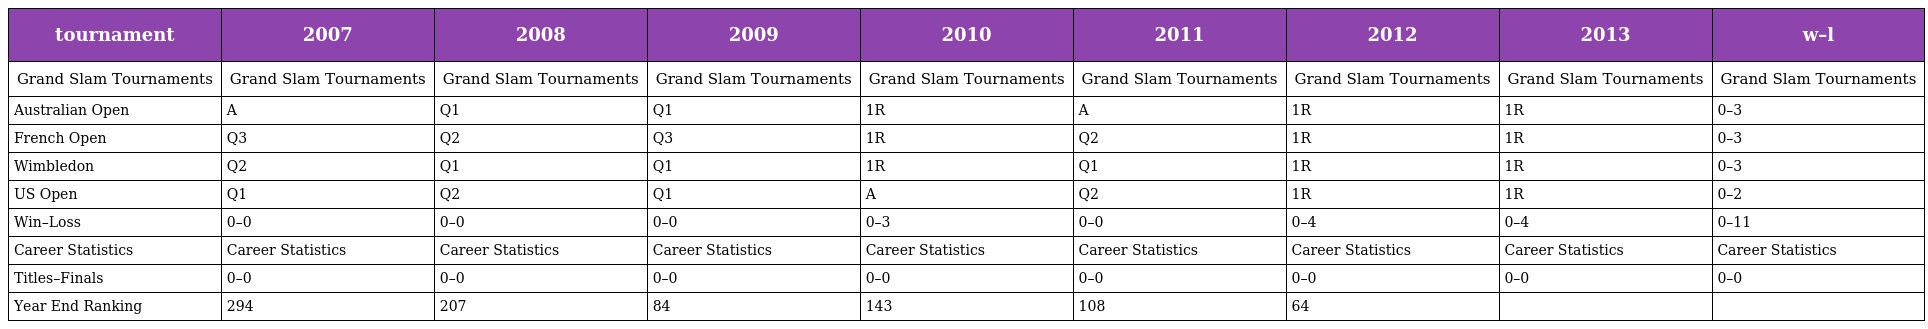
| tournament | 2007 | 2008 | 2009 | 2010 | 2011 | 2012 | 2013 | w–l |
 | --- | --- | --- | --- | --- | --- | --- | --- | --- |
 | Grand Slam Tournaments | Grand Slam Tournaments | Grand Slam Tournaments | Grand Slam Tournaments | Grand Slam Tournaments | Grand Slam Tournaments | Grand Slam Tournaments | Grand Slam Tournaments | Grand Slam Tournaments |
 | Australian Open | A | Q1 | Q1 | 1R | A | 1R | 1R | 0–3 |
 | French Open | Q3 | Q2 | Q3 | 1R | Q2 | 1R | 1R | 0–3 |
 | Wimbledon | Q2 | Q1 | Q1 | 1R | Q1 | 1R | 1R | 0–3 |
 | US Open | Q1 | Q2 | Q1 | A | Q2 | 1R | 1R | 0–2 |
 | Win–Loss | 0–0 | 0–0 | 0–0 | 0–3 | 0–0 | 0–4 | 0–4 | 0–11 |
 | Career Statistics | Career Statistics | Career Statistics | Career Statistics | Career Statistics | Career Statistics | Career Statistics | Career Statistics | Career Statistics |
 | Titles–Finals | 0–0 | 0–0 | 0–0 | 0–0 | 0–0 | 0–0 | 0–0 | 0–0 |
 | Year End Ranking | 294 | 207 | 84 | 143 | 108 | 64 |  |  |